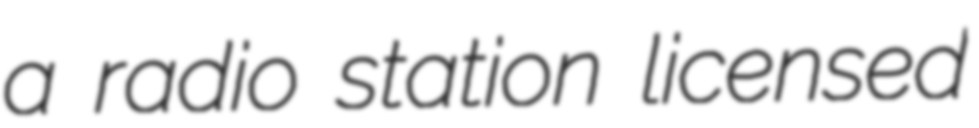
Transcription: a radio station licensed